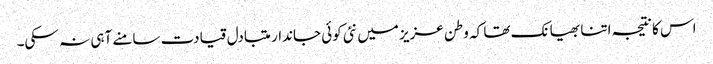
اس کا نتیجہ اتنا بھیانک تھا کہ وطن عزیز میں نئی کوئی جاندار متبادل قیادت سامنے آہی نہ سکی۔